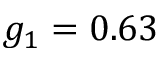
g _ { 1 } = 0 . 6 3